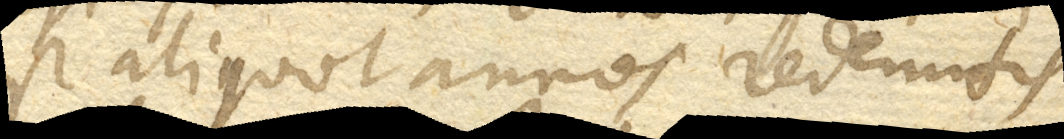
post aliquot annos redeuntis